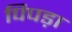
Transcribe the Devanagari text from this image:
पिपड़ा